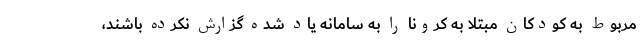
مربوط به کودکان مبتلا به کرونا را به سامانه یاد شده گزارش نکرده باشند،